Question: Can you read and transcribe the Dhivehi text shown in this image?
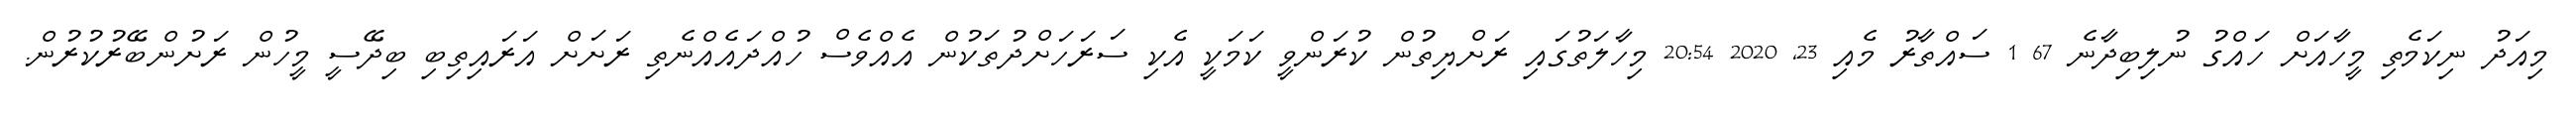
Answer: މިއަދު ނިކަމެތި މީހާއަށް ހައްގު ނުލިބިދާނެ 67 1 ސައްތާރު މެއި 23, 2020 20:54 މިހާލަތުގައި ރަށްޔިތުން ކުރަންވީ ކަމަކީ އެކި ސަރަހަށްދުތަކުން އެއްވެސް ހުއްދައެއްނެތި ރަށަށް އަރައިތިބި ބިދޭސީ މީހުން ރަށުންބޭރުކުރުން.